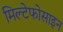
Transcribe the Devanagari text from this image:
मिल्टेफोसाइन